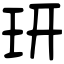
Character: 𤣿